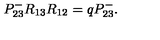
P _ { 2 3 } ^ { - } R _ { 1 3 } R _ { 1 2 } = q P _ { 2 3 } ^ { - } .